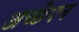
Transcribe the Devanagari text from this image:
अच्छेपन